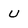
Character: U